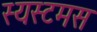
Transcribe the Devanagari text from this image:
स्यस्टमस